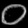
Digit: ၀